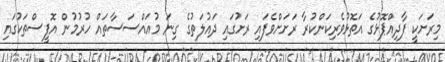
މިރަށަކީ ފާދިއްޕޮޅުގެ އަތޮޅުވެރިކަންކުރާ ރަށަށްވެފައި ރަށުގައި ދައުލަތުގެ ގިނަ މުއައްސަސާތައް ހުރުމުން އޮފީސްތަކުގައި